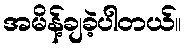
အမိန့်ချခဲ့ပါတယ်။